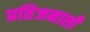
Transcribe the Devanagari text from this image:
प्रतिजनाशी